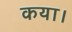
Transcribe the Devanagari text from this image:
कया।